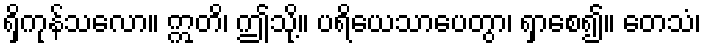
ရှိကုန်သလော။ ဣတိ၊ ဤသို့။ ပရိယေသာပေတွာ၊ ရှာစေ၍။ တေသံ၊